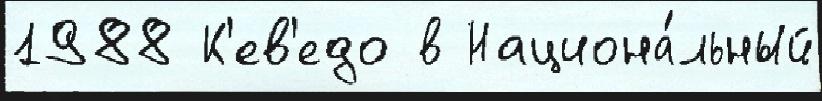
1988 К'ев'едо в Национа́льный